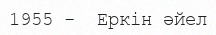
1955 -  Еркін әйел